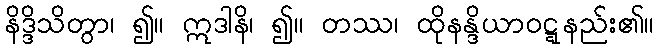
နိဒ္ဒိသိတွာ၊ ၍။ ဣဒါနိ၊ ၍။ တဿ၊ ထိုနန္ဒိယာဝဋ္ဋနည်း၏။